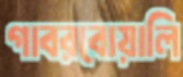
গাবরবোয়ালি